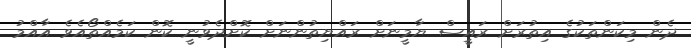
ދެން މިކަންތަކުގެ އިތުރަށް ރައީސް ޔާމީނަށް ރައްޔިތުންނަށް ކޮށްދެވުނީ ކޮން ކަމެއްތޯއެވެ އާއްމު